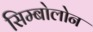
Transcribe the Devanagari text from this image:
सिम्बोलोन